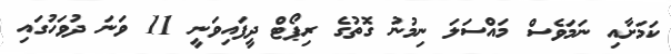
ކަމަށާއި ނަމަވެސް މައްސަލަ ނިމުނު ގޮތުގެ ރިޕޯޓް ދީފައިވަނީ 11 ވަނަ ދުވަހުގައި